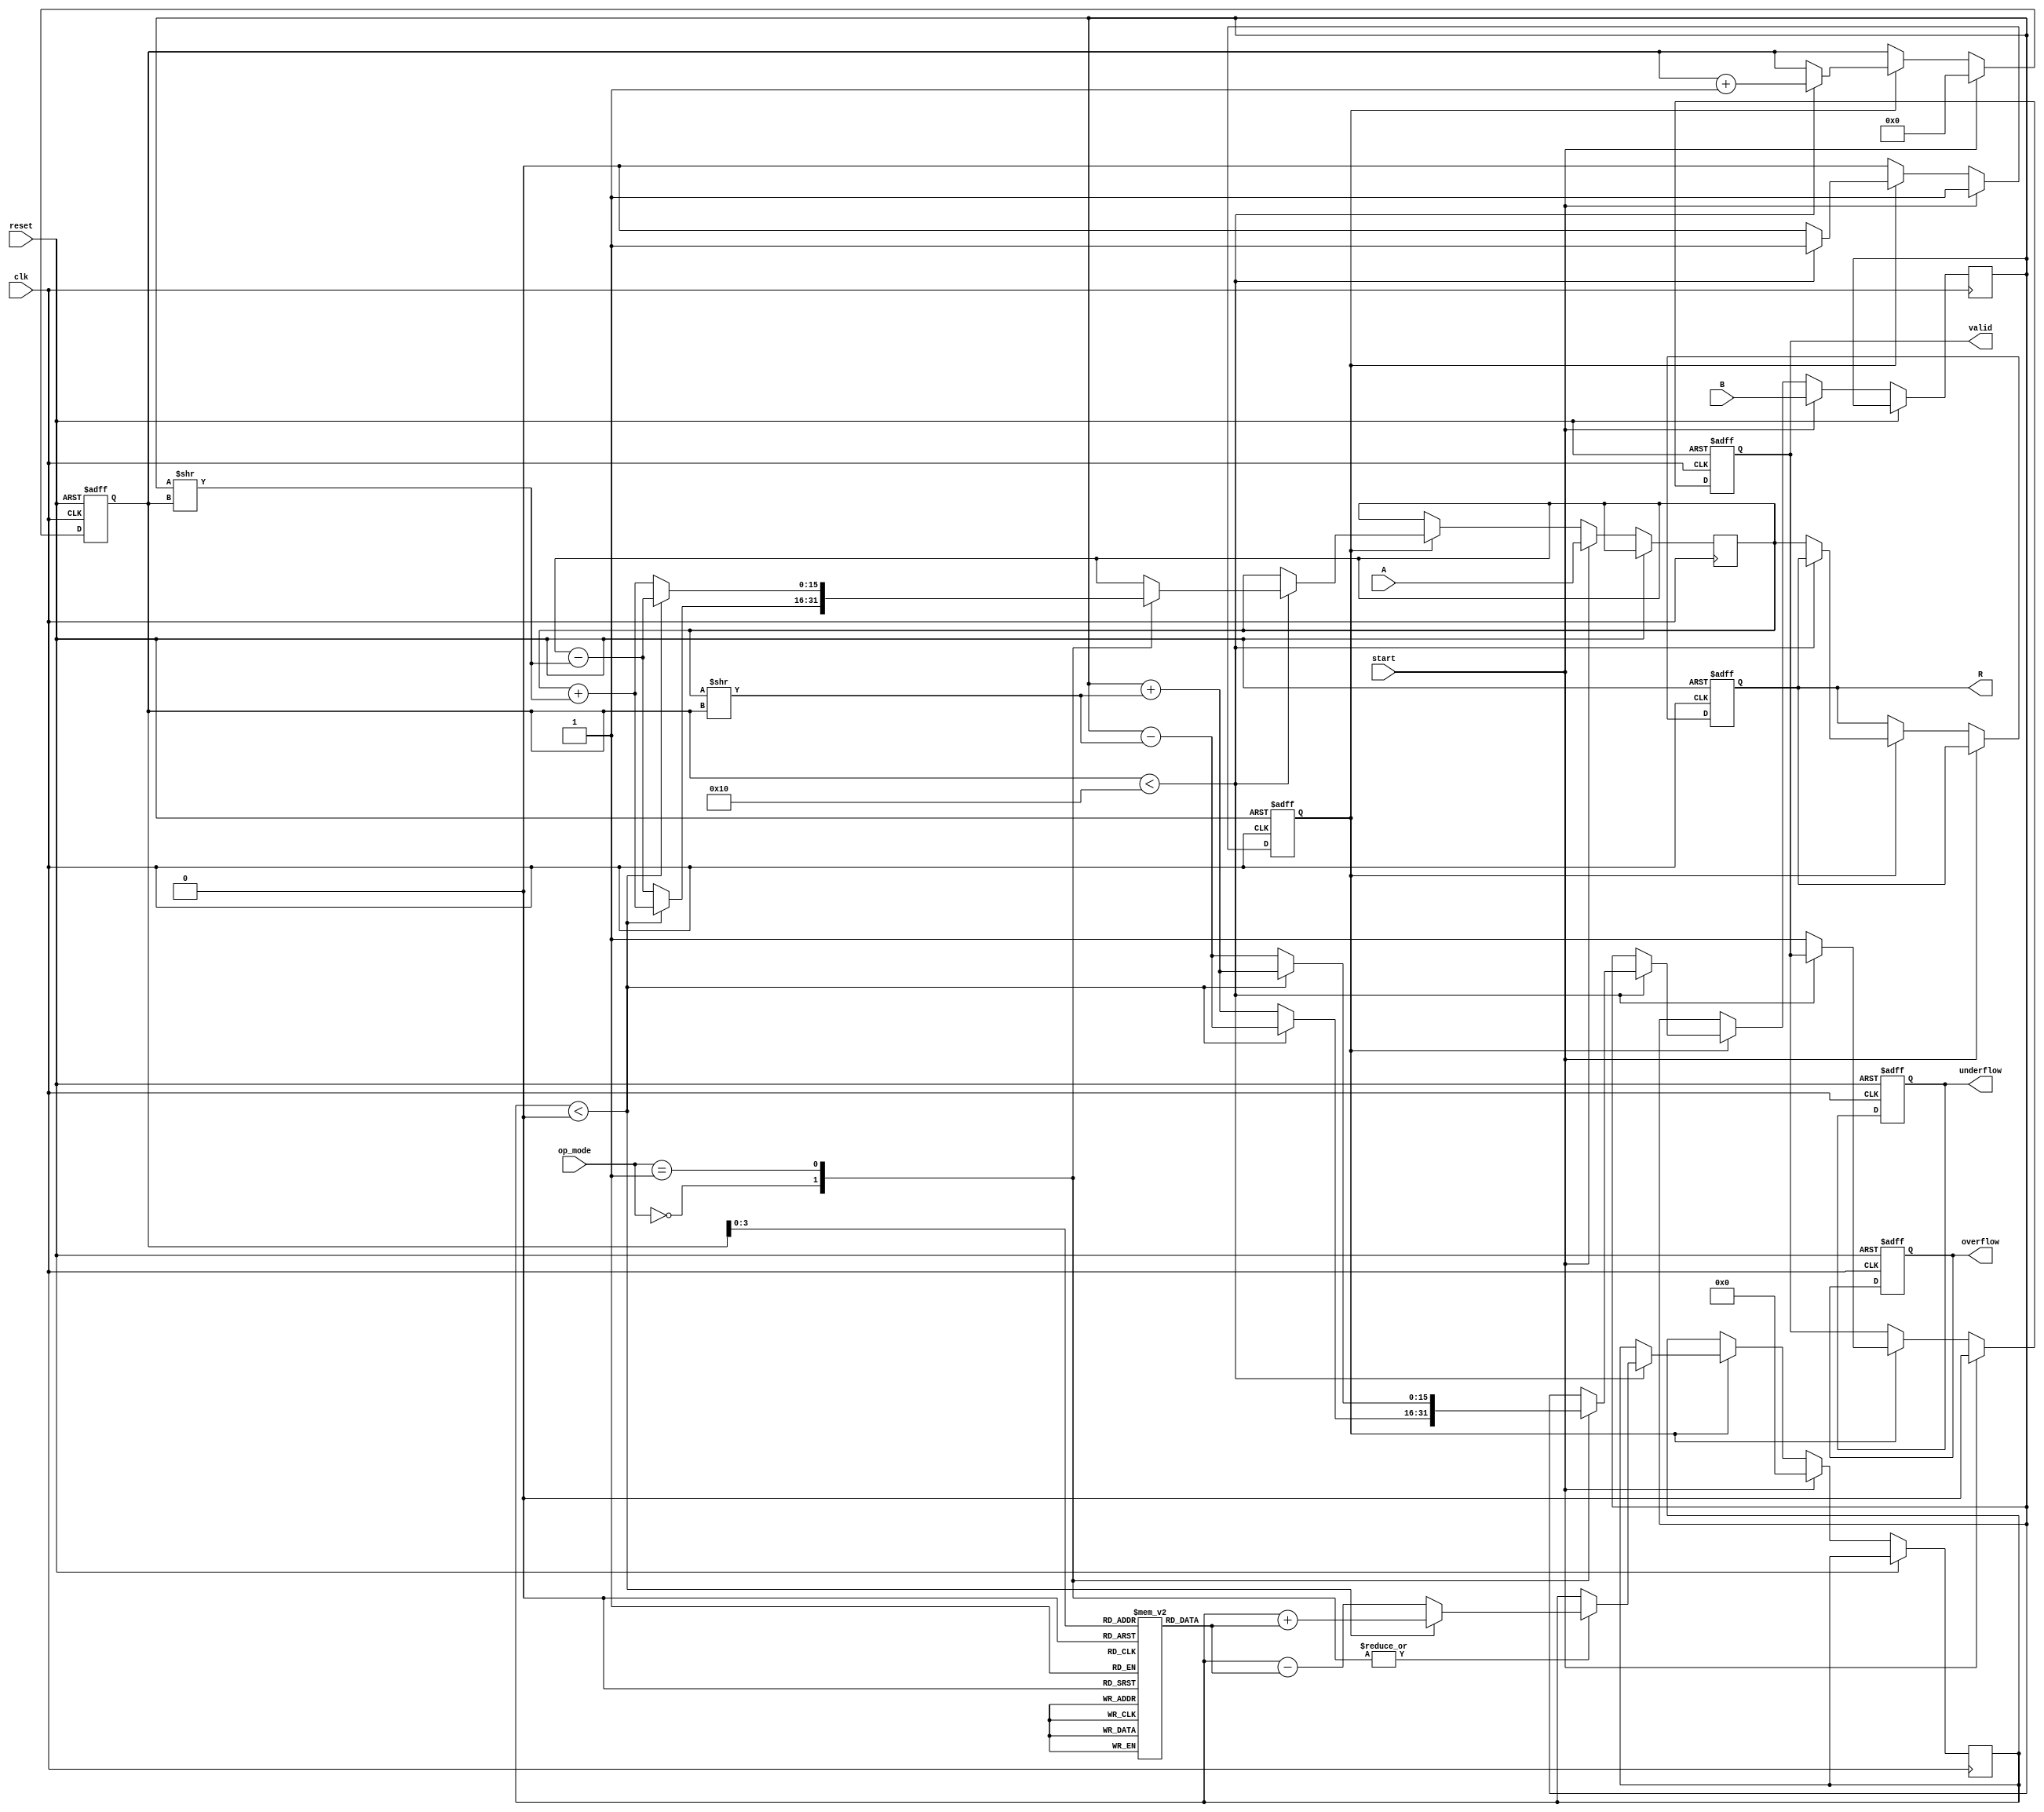
module unified_cordic #(
    parameter DATA_WIDTH = 16,   // Width of input data
    parameter ANGLE_WIDTH = 16    // Width of angle values
)(
    input wire clk,
    input wire reset,
    input wire [DATA_WIDTH-1:0] A,  // First operand
    input wire [DATA_WIDTH-1:0] B,  // Second operand
    input wire [2:0] op_mode,        // Operation mode: 0=Add, 1=Sub, 2=Mul, 3=Div, 4=Rotate
    input wire start,                // Start signal
    output reg [DATA_WIDTH-1:0] R,   // Result
    output reg valid,                // Result valid flag
    output reg overflow,             // Overflow flag
    output reg underflow             // Underflow flag
);

    // CORDIC parameters
    localparam MAX_ITERATIONS = 16;  // Number of iterations for CORDIC
    reg [ANGLE_WIDTH-1:0] angles[MAX_ITERATIONS-1:0];  // Angle lookup table
    reg [DATA_WIDTH-1:0] x, y, z;     // CORDIC variables
    reg [4:0] iteration;               // Current iteration index
    reg running;                       // Running state

    // Initialize angles (arctangent values)
    initial begin
        angles[0] = 16'h26B2; // atan(1/2^0)
        angles[1] = 16'h1DAC; // atan(1/2^1)
        angles[2] = 16'h0FAE; // atan(1/2^2)
        angles[3] = 16'h07D5; // atan(1/2^3)
        angles[4] = 16'h03E0; // atan(1/2^4)
        angles[5] = 16'h01F0; // atan(1/2^5)
        angles[6] = 16'h00FC; // atan(1/2^6)
        angles[7] = 16'h007E; // atan(1/2^7)
        angles[8] = 16'h003E; // atan(1/2^8)
        angles[9] = 16'h001F; // atan(1/2^9)
        angles[10] = 16'h000F; // atan(1/2^10)
        angles[11] = 16'h0007; // atan(1/2^11)
        angles[12] = 16'h0003; // atan(1/2^12)
        angles[13] = 16'h0001; // atan(1/2^13)
        angles[14] = 16'h0000; // atan(1/2^14)
        angles[15] = 16'hFFFF; // atan(1/2^15), for negative angles
    end

    // Control Unit
    always @(posedge clk or posedge reset) begin
        if (reset) begin
            running <= 1'b0;
            valid <= 1'b0;
            R <= 0;
            overflow <= 1'b0;
            underflow <= 1'b0;
            iteration <= 0;
        end else if (start) begin
            running <= 1'b1;
            x <= A; // Initialize x with operand A
            y <= B; // Initialize y with operand B
            z <= 0; // Initialize z with 0
            iteration <= 0;
            valid <= 1'b0;
        end else if (running) begin
            if (iteration < MAX_ITERATIONS) begin
                // CORDIC iteration
                case (op_mode)
                    3'b000: // Addition
                        begin
                            if (z < 0) begin
                                x <= x + (y >> iteration);
                                y <= y - (x >> iteration);
                                z <= z + angles[iteration];
                            end else begin
                                x <= x - (y >> iteration);
                                y <= y + (x >> iteration);
                                z <= z - angles[iteration];
                            end
                        end
                    3'b001: // Subtraction
                        begin
                            if (z < 0) begin
                                x <= x - (y >> iteration);
                                y <= y + (x >> iteration);
                                z <= z + angles[iteration];
                            end else begin
                                x <= x + (y >> iteration);
                                y <= y - (x >> iteration);
                                z <= z - angles[iteration];
                            end
                        end
                    3'b010: // Multiplication
                        begin
                            // Handle multiplication (scaled)
                            // This is a placeholder, further logic required
                        end
                    3'b011: // Division
                        begin
                            // Handle division (scaled)
                            // This is a placeholder, further logic required
                        end
                    3'b100: // Rotation
                        begin
                            // Handle rotation
                            // This is a placeholder, further logic required
                        end
                endcase
                iteration <= iteration + 1;
            end else begin
                // Complete operation
                R <= x; // Output result
                running <= 1'b0;
                valid <= 1'b1;
                // Check flags for overflow and underflow
            end
        end
    end

endmodule